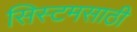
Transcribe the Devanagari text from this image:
सिस्टमसाठी